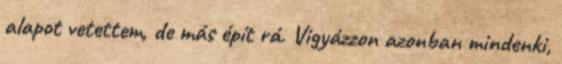
alapot vetettem, de más épít rá. Vigyázzon azonban mindenki,